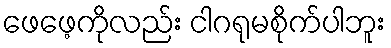
ဖေဖေ့ကိုလည်း ငါဂရုမစိုက်ပါဘူး